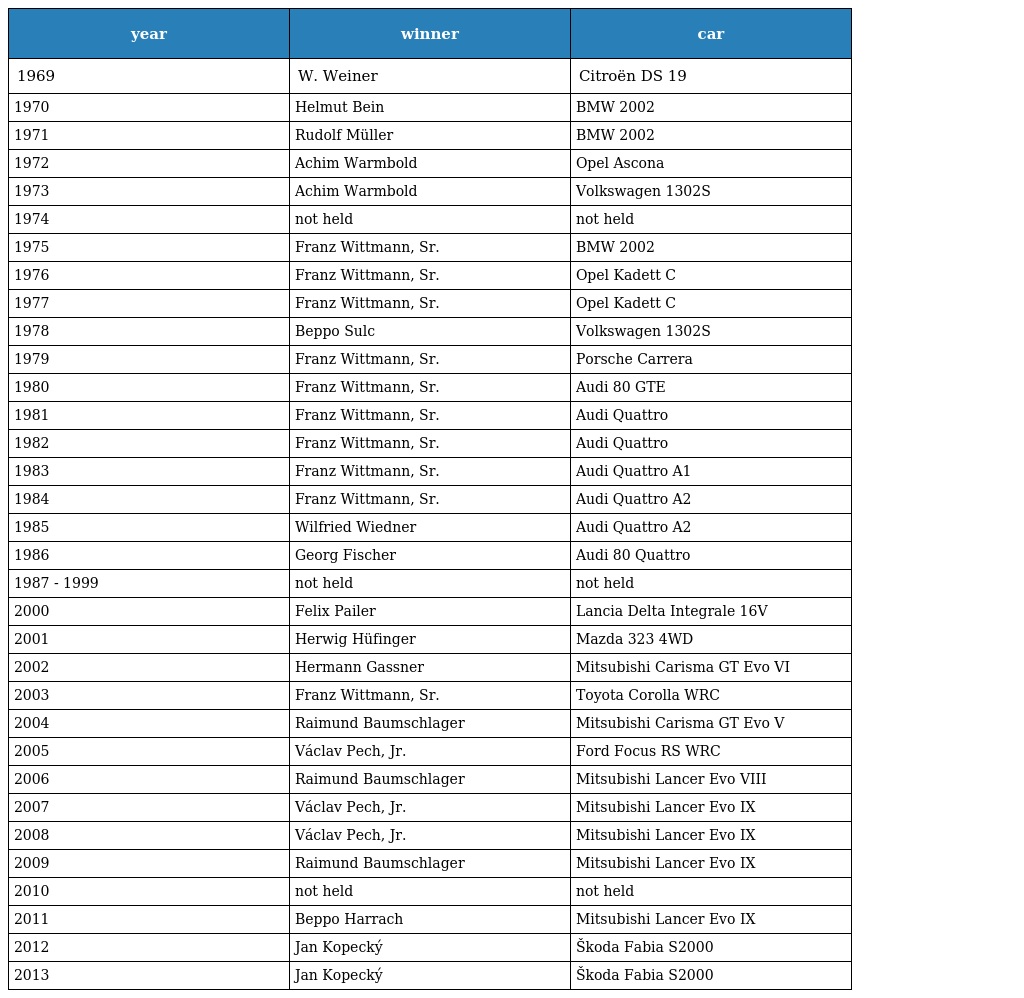
| year | winner | car |
 | --- | --- | --- |
 | 1969 | W. Weiner | Citroën DS 19 |
 | 1970 | Helmut Bein | BMW 2002 |
 | 1971 | Rudolf Müller | BMW 2002 |
 | 1972 | Achim Warmbold | Opel Ascona |
 | 1973 | Achim Warmbold | Volkswagen 1302S |
 | 1974 | not held | not held |
 | 1975 | Franz Wittmann, Sr. | BMW 2002 |
 | 1976 | Franz Wittmann, Sr. | Opel Kadett C |
 | 1977 | Franz Wittmann, Sr. | Opel Kadett C |
 | 1978 | Beppo Sulc | Volkswagen 1302S |
 | 1979 | Franz Wittmann, Sr. | Porsche Carrera |
 | 1980 | Franz Wittmann, Sr. | Audi 80 GTE |
 | 1981 | Franz Wittmann, Sr. | Audi Quattro |
 | 1982 | Franz Wittmann, Sr. | Audi Quattro |
 | 1983 | Franz Wittmann, Sr. | Audi Quattro A1 |
 | 1984 | Franz Wittmann, Sr. | Audi Quattro A2 |
 | 1985 | Wilfried Wiedner | Audi Quattro A2 |
 | 1986 | Georg Fischer | Audi 80 Quattro |
 | 1987 - 1999 | not held | not held |
 | 2000 | Felix Pailer | Lancia Delta Integrale 16V |
 | 2001 | Herwig Hüfinger | Mazda 323 4WD |
 | 2002 | Hermann Gassner | Mitsubishi Carisma GT Evo VI |
 | 2003 | Franz Wittmann, Sr. | Toyota Corolla WRC |
 | 2004 | Raimund Baumschlager | Mitsubishi Carisma GT Evo V |
 | 2005 | Václav Pech, Jr. | Ford Focus RS WRC |
 | 2006 | Raimund Baumschlager | Mitsubishi Lancer Evo VIII |
 | 2007 | Václav Pech, Jr. | Mitsubishi Lancer Evo IX |
 | 2008 | Václav Pech, Jr. | Mitsubishi Lancer Evo IX |
 | 2009 | Raimund Baumschlager | Mitsubishi Lancer Evo IX |
 | 2010 | not held | not held |
 | 2011 | Beppo Harrach | Mitsubishi Lancer Evo IX |
 | 2012 | Jan Kopecký | Škoda Fabia S2000 |
 | 2013 | Jan Kopecký | Škoda Fabia S2000 |